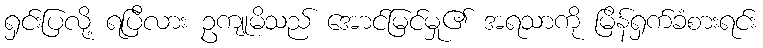
ရှင်းပြလို့ ရပြီလား ဥကျုမိသည် အောင်မြင်မှု၏ အရသာကို မြိန်ရှက်ခံစားရင်း